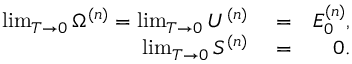
\begin{array} { r l r } { \operatorname* { l i m } _ { T \to 0 } \Omega ^ { ( n ) } = \operatorname* { l i m } _ { T \to 0 } U ^ { ( n ) } } & { { } = } & { E _ { 0 } ^ { ( n ) } , } \\ { \operatorname* { l i m } _ { T \to 0 } S ^ { ( n ) } } & { { } = } & { 0 . } \end{array}